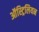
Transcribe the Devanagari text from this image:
ऑस्ट्रिलियन